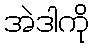
အဲဒါကို